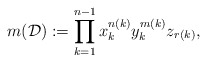
\begin{gather*}m({\cal D }) := \prod_{k=1}^{n-1} x_{k}^{n(k)} y_{k}^{m(k)} z_{r(k)},\end{gather*}